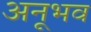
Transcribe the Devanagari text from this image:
अनूभव